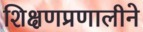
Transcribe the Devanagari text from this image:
शिक्षणप्रणालीने